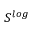
S ^ { l o g }